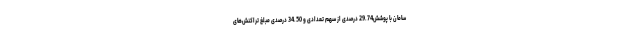
سامان با پوشش29.74 درصدی از سهم تعدادی و 34.50 درصدی مبلغ تراکنش‌های